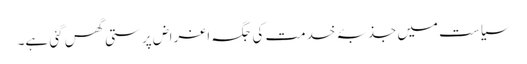
سیاست میں جذبۂ خدمت کی جگہ اغراض پرستی گھس گئی ہے۔